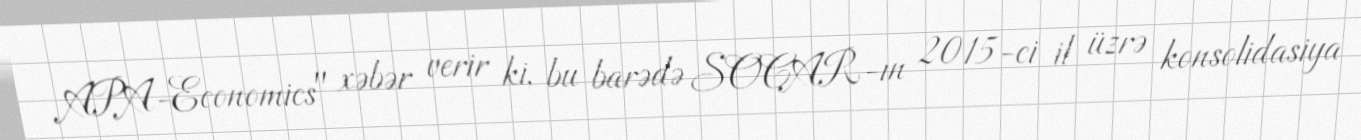
APA-Economics" xəbər verir ki, bu barədə SOCAR-ın 2015-ci il üzrə konsolidasiya